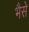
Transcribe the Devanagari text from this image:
भैसे